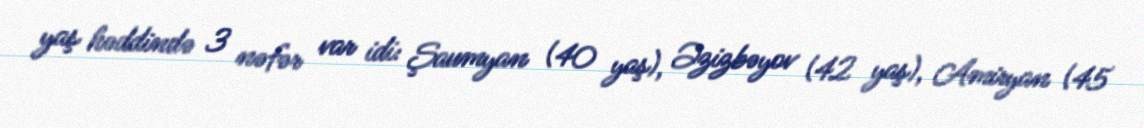
yaş həddində 3 nəfər var idi: Şaumyan (40 yaş), Əzizbəyov (42 yaş), Amiryan (45